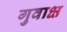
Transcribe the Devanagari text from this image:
गुवाक्ष